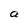
Character: a